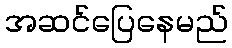
အဆင်ပြေနေမည်